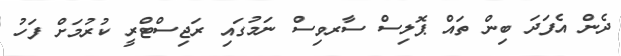
ދެން އެފަދަ ބިން ތައް ޕޮލިސް ސާރވިސް ނަމުގައި ރަޖިސްޓްރީ ކުރުމަށް ފަހު